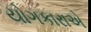
યોગકારાએ